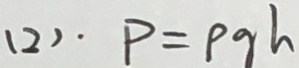
( 2 ) \cdot P = \rho g h